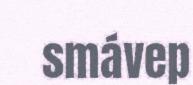
smávep